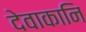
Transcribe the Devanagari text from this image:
देवाकानि